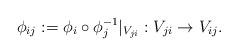
LaTeX: \begin{align*} \phi_{ij}:= \phi_i\circ{\phi_j^{-1}} \vert_{ V_{ji} }:V_{ji}\to V_{ij} .\end{align*}